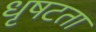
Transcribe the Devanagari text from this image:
धृषटता